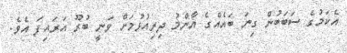
އެކަމުގެ ސަބަބުން ގިނަ ބައެއްގެ އާންމު ދިރިއުޅުމަށް ވަނީ ބުރޫ އަރައިފަ އެވެ.